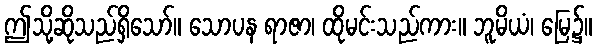
ဤသို့ဆိုသည်ရှိသော်။ သောပန ရာဇာ၊ ထိုမင်းသည်ကား။ ဘူမိယံ၊ မြေ၌။